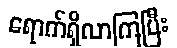
ရောက်ရှိလာကြပြီး